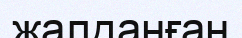
жалданған